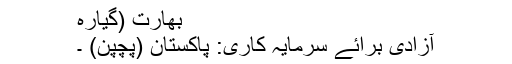
بھارت (گیارہ
آزادی برائے سرمایہ کاری: پاکستان (پچپن) ۔